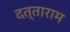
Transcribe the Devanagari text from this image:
दत्‍ताराम